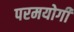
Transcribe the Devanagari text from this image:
परमयोगी